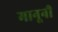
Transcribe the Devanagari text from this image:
मानूनी